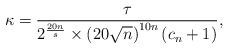
LaTeX: \begin{align*}\kappa=\frac{\tau}{2^{\frac{20n}{s}}\times \left(20\sqrt{n}\right)^{10n}(c_{n}+1)},\end{align*}